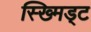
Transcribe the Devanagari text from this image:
स्ख्मिड्ट